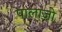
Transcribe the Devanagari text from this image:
पालाजो